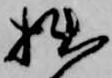
拙